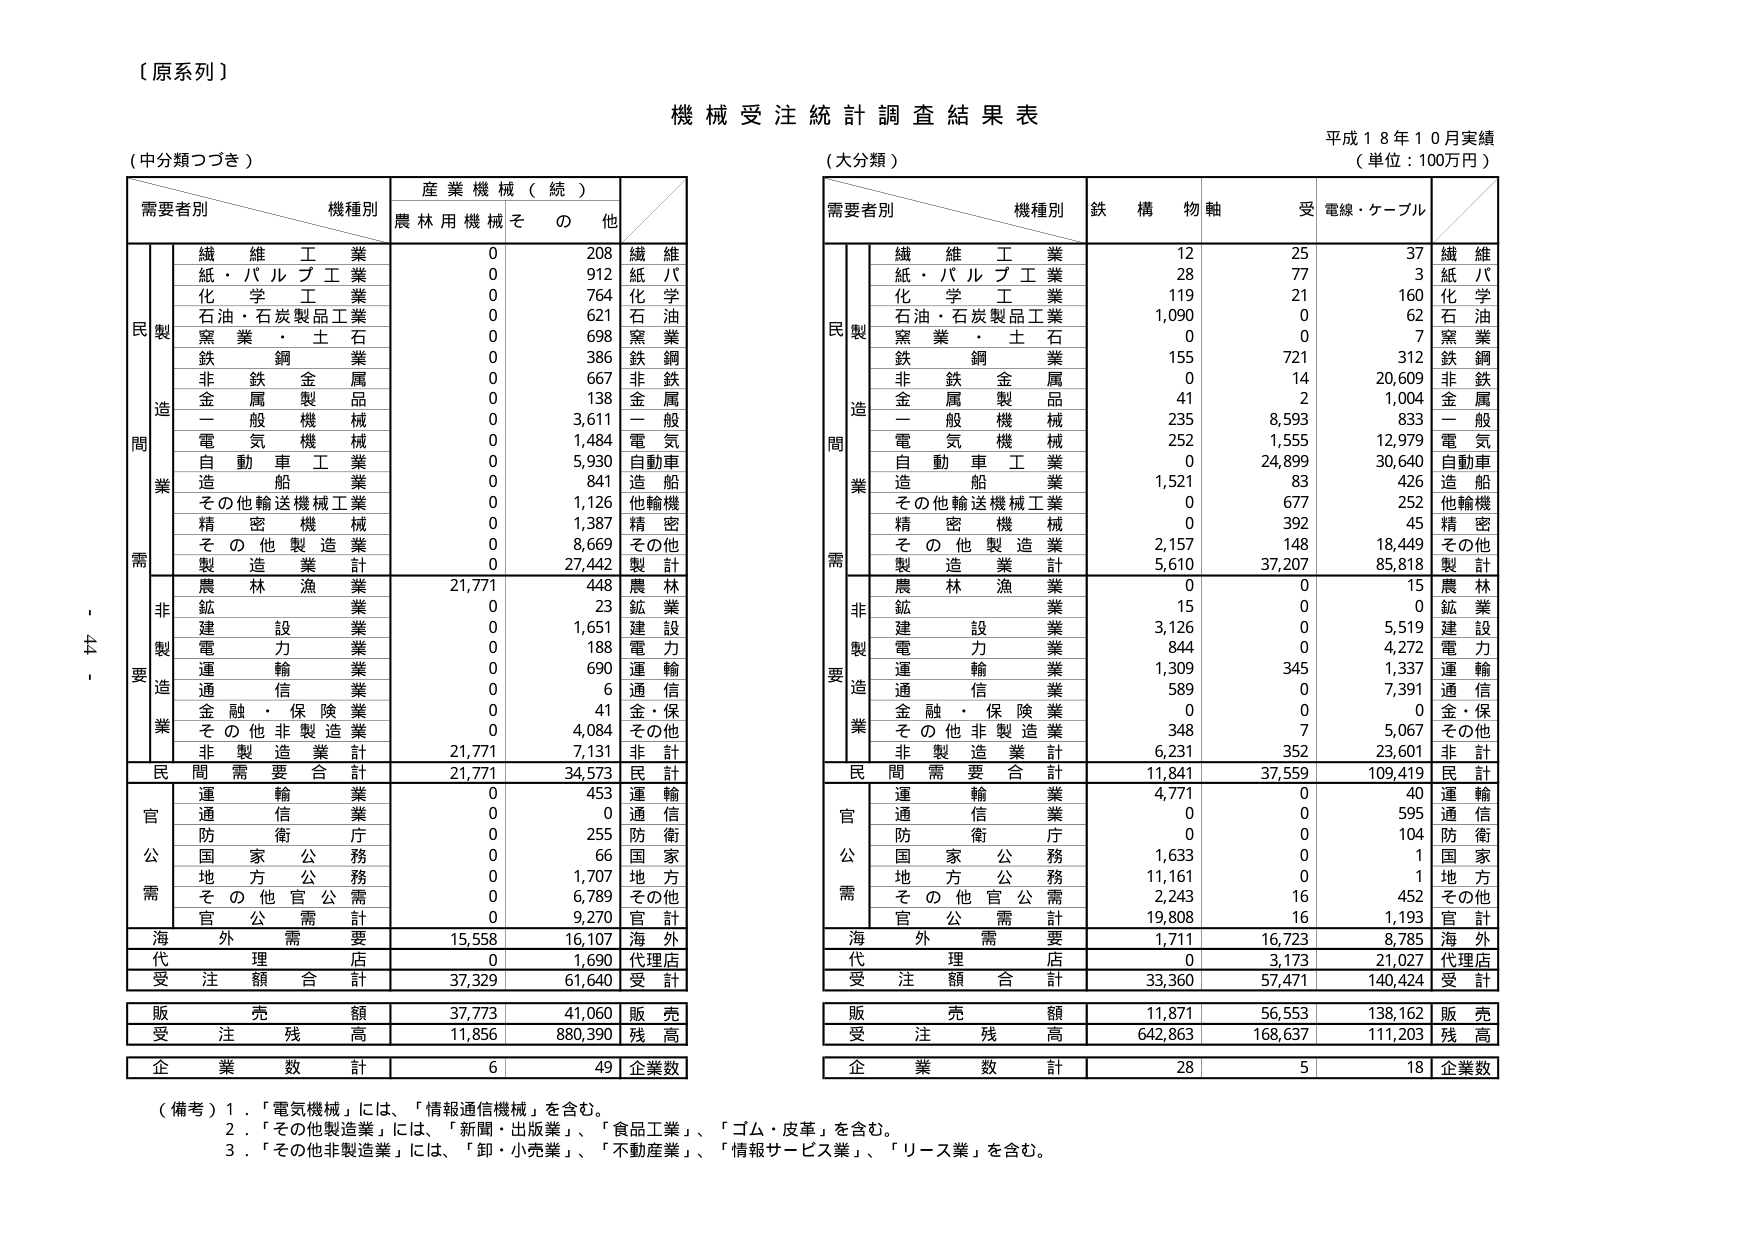
【原系列】

機械受注統計調査結果表

平成１８年１０月実績
（単位：100万円）

（中分類つづき）

需要者別　　機種別　　産業機械（続）
　　　　　　　　　　　農林用機械　その他

　　　　　　繊維工業　　　　0　　　208　　繊維
　　　　　　紙・パルプ工業　　0　　　912　　紙パ
　　　　　　化学工業　　　　0　　　764　　化学
　　　　　　石油・石炭製品工業　0　　　621　　石油
　　　　　　窯業・土石　　　0　　　698　　窯業
　　　　　　鉄鋼業　　　　0　　　386　　鉄鋼
　　　　　　非鉄金属　　　0　　　667　　非鉄
　　　　　　金属製品　　　0　　　138　　金属
　　　　　　一般機械　　　0　　　3,611　　一般
　　　　　　電気機械　　　0　　　1,484　　電気
　　　　　　自動車工業　　　0　　　5,930　　自動車
　　　　　　造船　　　　0　　　841　　造船
　　　　　　その他輸送機械工業　0　　　1,126　　他輸機
　　　　　　精密機械　　　0　　　1,387　　精密
　　　　　　その他製造業　　　0　　　8,669　　その他
　　　　　　製造業計　　　0　　　27,442　　製計

　　　　　　農林漁業　　　21,771　　448　　農林
　　　　　　鉱業　　　　0　　　23　　鉱業
　　　　　　建設業　　　0　　　1,651　　建設
　　　　　　電力業　　　0　　　188　　電力
　　　　　　運輸業　　　0　　　690　　運輸
　　　　　　通信業　　　0　　　6　　通信
　　　　　　金融・保険業　0　　　41　　金・保
　　　　　　その他非製造業　0　　　4,084　　その他
　　　　　　非製造業計　21,771　　7,131　　非計

　　　　　　民間需要合計　21,771　　34,573　　民計

　　　　　　運輸業　　　0　　　453　　運輸
　　　　　　通信業　　　0　　　0　　通信
　　　　　　防衛庁　　　0　　　255　　防衛
　　　　　　国家公務　　　0　　　66　　国家
　　　　　　地方公務　　　0　　　1,707　　地方
　　　　　　その他官公需　0　　　6,789　　その他
　　　　　　官公需計　　0　　　9,270　　官計

　　　　　　海外需要　　　15,558　　16,107　　海外

　　　　　　代理店　　　0　　　1,690　　代理店

　　　　　　受注額合計　37,329　　61,640　　受計

　　　　　　販売額　　　37,773　　41,060　　販売

　　　　　　受注残高　　　11,856　　880,390　　残高

　　　　　　企業数計　　　6　　　49　　企業数

（大分類）

需要者別　　機種別　　鉄構　物軸　受電線・ケーブル

　　　　　　繊維工業　　　12　　　25　　　37　　繊維
　　　　　　紙・パルプ工業　28　　　77　　　3　　紙パ
　　　　　　化学工業　　　119　　　21　　　160　　化学
　　　　　　石油・石炭製品工業　1,090　　0　　　62　　石油
　　　　　　窯業・土石　　　0　　　0　　　7　　窯業
　　　　　　鉄鋼業　　　155　　　721　　　312　　鉄鋼
　　　　　　非鉄金属　　　0　　　14　　　20,609　　非鉄
　　　　　　金属製品　　　41　　　2　　　1,004　　金属
　　　　　　一般機械　　　235　　　8,593　　833　　一般
　　　　　　電気機械　　　252　　　1,555　　12,979　　電気
　　　　　　自動車工業　　　0　　　24,899　　30,640　　自動車
　　　　　　造船　　　1,521　　　83　　　426　　造船
　　　　　　その他輸送機械工業　0　　　677　　　252　　他輸機
　　　　　　精密機械　　　0　　　392　　　45　　精密
　　　　　　その他製造業　2,157　　　148　　　18,449　　その他
　　　　　　製造業計　　5,610　　　37,207　　85,818　　製計

　　　　　　農林漁業　　　0　　　0　　　15　　農林
　　　　　　鉱業　　　15　　　0　　　0　　鉱業
　　　　　　建設業　　　3,126　　0　　　5,519　　建設
　　　　　　電力業　　　844　　　0　　　4,272　　電力
　　　　　　運輸業　　　1,309　　345　　　1,337　　運輸
　　　　　　通信業　　　589　　　0　　　7,391　　通信
　　　　　　金融・保険業　0　　　0　　　0　　金・保
　　　　　　その他非製造業　348　　　7　　　5,067　　その他
　　　　　　非製造業計　6,231　　　352　　　23,601　　非計

　　　　　　民間需要合計　11,841　　37,559　　109,419　　民計

　　　　　　運輸業　　　4,771　　0　　　40　　運輸
　　　　　　通信業　　　0　　　0　　　595　　通信
　　　　　　防衛庁　　　0　　　0　　　104　　防衛
　　　　　　国家公務　　　1,633　　0　　　1　　国家
　　　　　　地方公務　　　11,161　　0　　　1　　地方
　　　　　　その他官公需　2,243　　16　　　452　　その他
　　　　　　官公需計　　19,808　　16　　　1,193　　官計

　　　　　　海外需要　　　1,711　　16,723　　8,785　　海外

　　　　　　代理店　　　0　　　3,173　　21,027　　代理店

　　　　　　受注額合計　33,360　　57,471　　140,424　　受計

　　　　　　販売額　　　11,871　　56,553　　138,162　　販売

　　　　　　受注残高　　　642,863　　168,637　　111,203　　残高

　　　　　　企業数計　　　28　　　5　　　18　　企業数

（備考）
１．「電気機械」には、「情報通信機械」を含む。
２．「その他製造業」には、「新聞・出版業」、「食品工業」、「ゴム・皮革」を含む。
３．「その他非製造業」には、「卸・小売業」、「不動産業」、「情報サービス業」、「リース業」を含む。